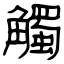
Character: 觸